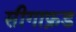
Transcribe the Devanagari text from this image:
सीगाफ्रड